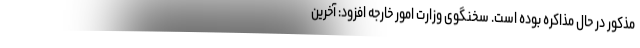
مذکور در حال مذاکره بوده است. سخنگوی وزارت امور خارجه افزود: آخرین